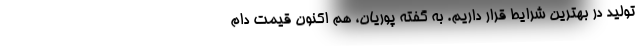
تولید در بهترین شرایط قرار داریم. به گفته پوریان، هم اکنون قیمت دام